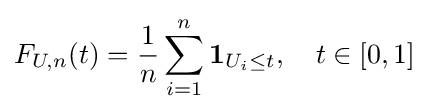
F_{U,n}(t)={\frac {1}{n}}\sum _{i=1}^{n}\mathbf {1} _{U_{i}\leq t},\quad t\in [0,1]